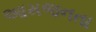
આમજનતા